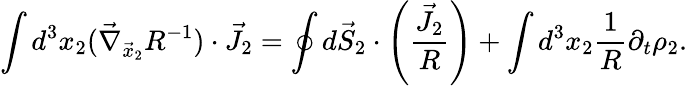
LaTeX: \int d^{3}x_{2}(\vec{\nabla}_{\vec{x}_{2}}R^{-1})\cdot\vec{J}_{2}=\oint d\vec{S}_{2}\cdot\left(\frac{\vec{J}_{2}}{R}\right)+\int d^{3}x_{2}\frac{1}{R}\partial_{t}\rho_{2}.